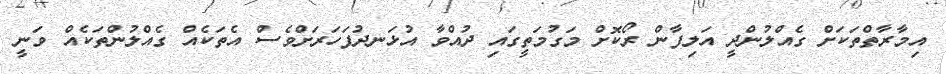
އިމާރާތްތަކަށް ގެއްލުންދީ އަލިފާން ރޯކޮށް މަގުމަތީގައި ދުއްވާ އުޅަނދުފަހަރަށްވެސް އެތަކެއް ގެއްލުންތަކެއް ވަނީ